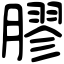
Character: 膠